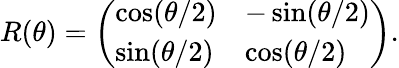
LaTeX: R(\theta)=\left(\begin{array}{ll}{{\cos(\theta/2)}}&{{-\sin(\theta/2)}}\\ {{\sin(\theta/2)}}&{{\cos(\theta/2)}}\end{array}\right).